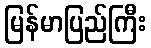
မြန်မာပြည်ကြီး